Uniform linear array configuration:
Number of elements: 48
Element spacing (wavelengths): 0.25
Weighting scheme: exponential
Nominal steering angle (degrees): -60
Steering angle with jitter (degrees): -60.724
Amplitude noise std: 0.05
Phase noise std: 0.05

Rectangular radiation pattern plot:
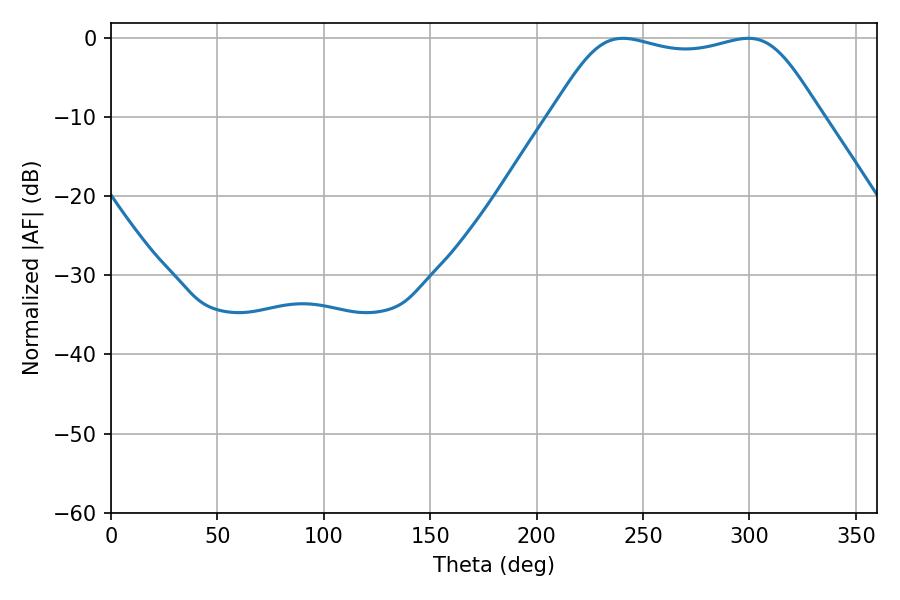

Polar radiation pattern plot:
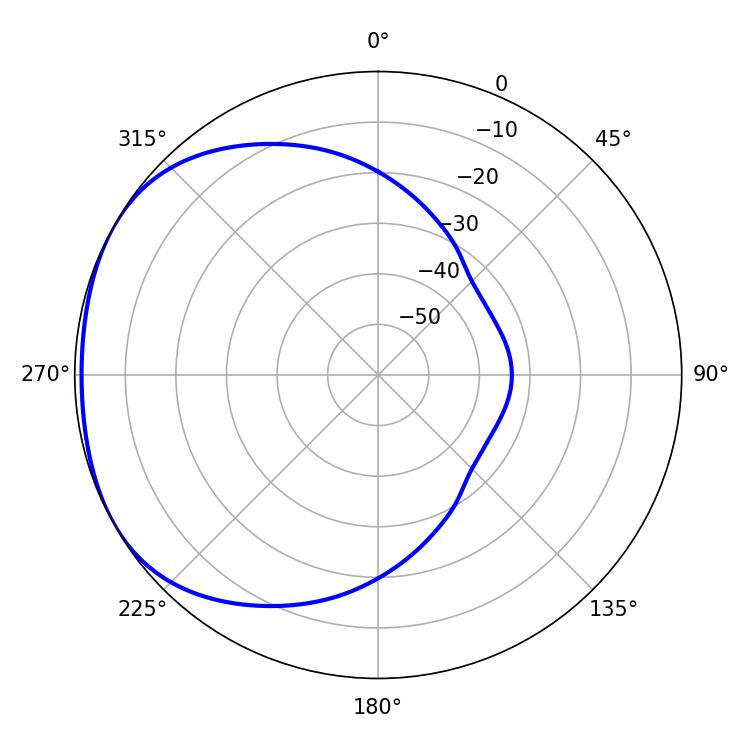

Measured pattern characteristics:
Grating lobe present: FALSE
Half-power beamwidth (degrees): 96.12
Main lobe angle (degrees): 240.48